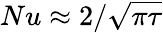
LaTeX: Nu\approx 2/\sqrt{\pi\tau}